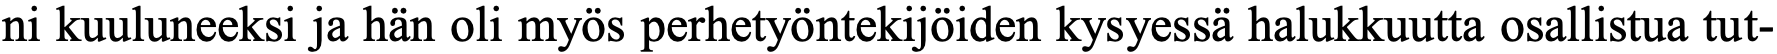
ni kuuluneeksi ja hän oli myös perhetyöntekijöiden kysyessä halukkuutta osallistua tut-